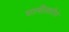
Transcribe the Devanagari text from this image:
चालींसाठीचे